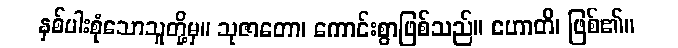
နှစ်ပါးစုံသောသူတို့မှ။ သုဇာတော၊ ကောင်းစွာဖြစ်သည်။ ဟောတိ၊ ဖြစ်၏။